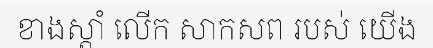
ខាងស្តាំ លើក សាកសព របស់ យើង